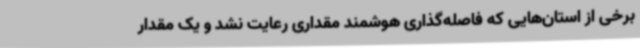
برخی از استان‌هایی که فاصله‌گذاری هوشمند مقداری رعایت نشد و یک مقدار